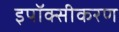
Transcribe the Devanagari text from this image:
इपॉक्सीकरण